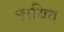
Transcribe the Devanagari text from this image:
छायित